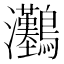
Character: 𤅽